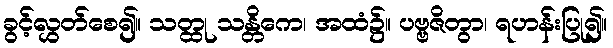
ခွင့်လွှတ်စေ၍။ သတ္ထု သန္တိကေ၊ အထံ၌။ ပဗ္ဗဇိတွာ၊ ရဟန်းပြု၍။